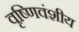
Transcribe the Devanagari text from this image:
वृष्णिवंशीय